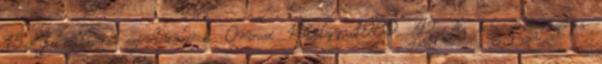
15. Felnőttkori szívtumorok. Orvosi Hetilap, 1989. 42. Az echocardiographia